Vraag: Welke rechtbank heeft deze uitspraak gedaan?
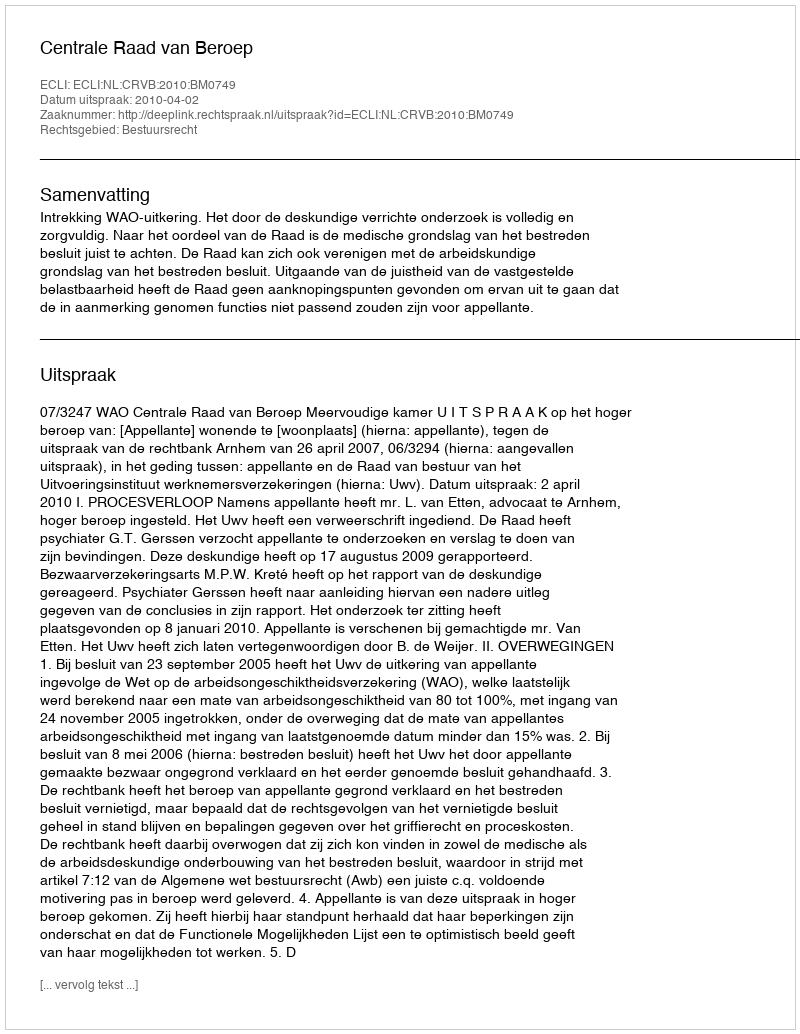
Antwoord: Centrale Raad van Beroep